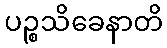
ပဉ္စသိခေနာတိ